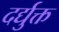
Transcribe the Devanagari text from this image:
दर्द्युक्त